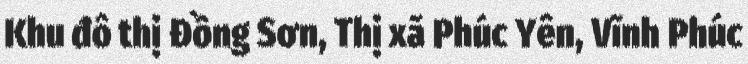
Khu đô thị Đồng Sơn, Thị xã Phúc Yên, Vĩnh Phúc